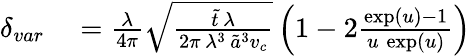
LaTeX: \begin{array}{rl}{\delta_{var}}&{{}=\frac{\lambda}{4\pi}\sqrt{\frac{\tilde{t}\, \lambda}{2\pi\, \lambda^{3}\, \tilde{a}^{3}v_{c}}}\left(1-2\frac{\exp(u)-1}{u\, \exp(u)}\right)}\end{array}